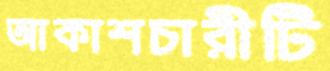
আকাশচারীটি